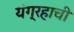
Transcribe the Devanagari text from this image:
यंग्रहाची